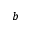
b